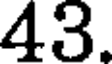
43.